Vaccination in the Punjab 1905-1918 - 1905-1918
Year: 1905
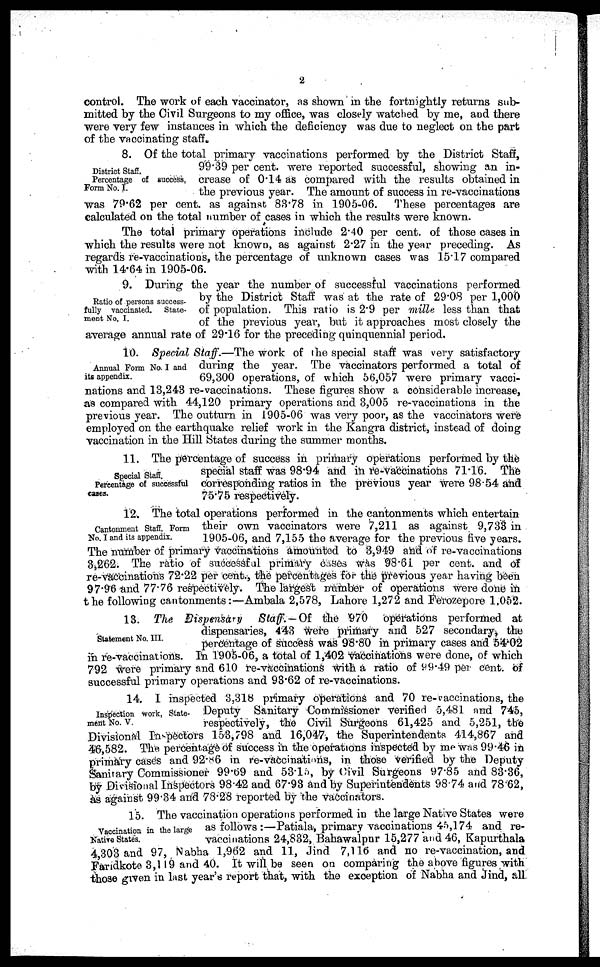
2
control. The work of each vaccinator, as shown in the fortnightly returns sub-
mitted by the Civil Surgeons to my office, was closely watched by me, and there
were very few instances in which the deficiency was due to neglect on the part
of the vaccinating staff.
District Staff.
Percentage of success,
Form No. I
8. Of the total primary vaccinations performed by the District Staff,
99.39 per cent. were reported successful, showing an in-
crease of 0.14 as compared with the results obtained in
the previous year. The amount of success in re-vaccinations
was 79.62 per cent. as against 83.78 in 1905-06. These percentages are
calculated on the total number of cases in which the results were known.
The total primary operations include 2.40 per cent. of those cases in
which the results were not known, as against 2.27 in the year preceding. As
regards re-vaccinations, the percentage of unknown cases was 15.17 compared
with 14.64 in 1905-06.
Ratio of persons success-
fully vaccinated. State-
ment No. I.
9. During the year the number of successful vaccinations performed
by the District Staff was at the rate of 29.08 per 1,000
of population. This ratio is 2.9 per mille less than that
of the previous year, but it approaches most closely the
average annual rate of 29.16 for the preceding quinquennial period.
Annual Form No. I and
its appendix.
10. Special Staff.—The work of the special staff was very satisfactory
during the year. The vaccinators performed a total of
69,300 operations, of which 56,057 were primary vacci-
nations and 13,243 re-vaccinations. These figures show a considerable increase,
as compared with 44,120 primary operations and 3,005 re-vaccinations in the
previous year. The outturn in 1905-06 was very poor, as the vaccinators were
employed on the earthquake relief work in the Kangra district, instead of doing
vaccination in the Hill States during the summer months.
Special Staff.
Percentage of successful
cases.
11. The percentage of success in primary operations performed by the
special staff was 98.94 and in re-vaccinations 71.16. The
corresponding ratios in the previous year were 98.54 and
75.75 respectively.
Cantonment Staff, Form
No. I and its appendix.
12. The total operations performed in the cantonments which entertain
their own vaccinators were 7,211 as against 9,733 in
1905-06, and 7,155 the average for the previous five years.
The number of primary vaccinations amounted to 3,949 and of re-vaccinations
3,262. The ratio of successful primary cases was 98.61 per cent. and of
re-vaccinations 72.22 per cent., the percentages for the previous year having been
97.96 and 77.76 respectively. The largest number of operations were done in
the following cantonments:—Ambala 2,578, Lahore 1,272 and Ferozepore 1,052.
Statement No. III.
13. The Dispensary
Staff. — Of the 970 operations performed at
dispensaries, 443 were primary and 527 secondary, the
percentage of success was 98.80 in primary cases and 54.02
in re-vaccinations. In 1905-06, a total of 1,402 vaccinations were done, of which
792 were primary and 610 re-vaccinations with a ratio of 99.49 per cent. of
successful primary operations and 93.62 of re-vaccinations.
Inspection work, State-
ment No. V.
14. I inspected 3,318 primary operations and 70 re-vaccinations, the
Deputy Sanitary Commissioner verified 5,481 and 745,
respectively, the Civil Surgeons 61,425 and 5,251, the
Divisional Inspectors 153,798 and 16,047, the Superintendents 414,867 and
46,582. The percentage of success in the operations inspected by me was 99.46 in
primary cases and 92.86 in re-vaccinations, in those verified by the Deputy
Sanitary Commissioner 99.69 and 53.15, by Civil Surgeons 97.85 and 83.36,
by Divisional Inspectors 98.42 and 67.93 and by Superintendents 98.74 and 78.62,
as against 99.34 and 78.28 reported by the vaccinators.
Vaccination in the large
Native States.
15. The vaccination operations performed in the large Native States were
as follows :—Patiala, primary vaccinations 45,174 and re-
vaccinations 24,832, Bahawalpnr 15,277 and 46, Kapurthala
4,303 and 97, Nabha 1,962 and 11, Jind 7,116 and no re-vaccination, and
Faridkote 3,119 and 40. It will be seen on comparing the above figures with
those given in last year's report that, with the exception of Nabha and Jind, all